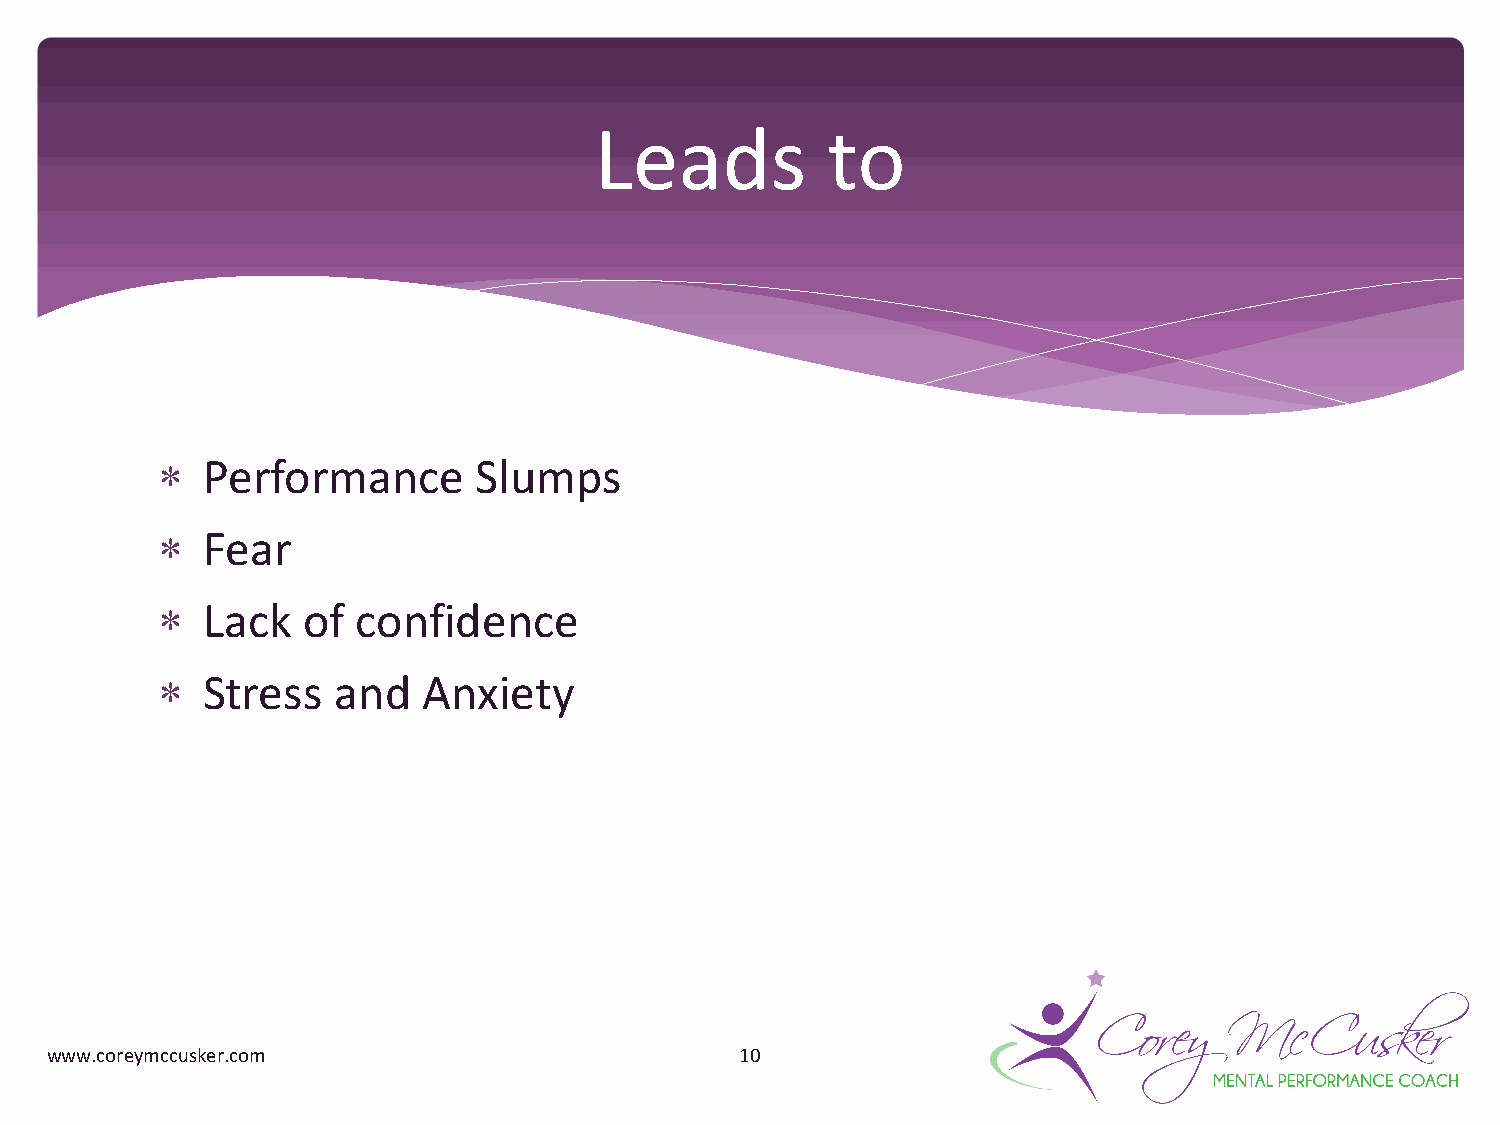
Leads           to
 *  Performance       Slumps
 *  Fear
 *  Lack   of  confidence
 *  Stress   and   Anxiety
 www.coreymccusker.com                         10